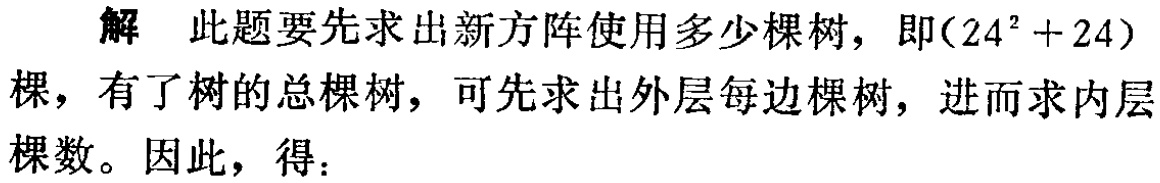
解 此题要先求出新方阵使用多少棵树，即\((24^{2}+24)\)棵，有了树的总棵树，可先求出外层每边棵树，进而求内层棵数。因此，得：